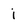
Character: j